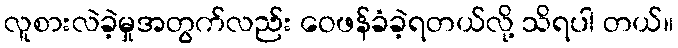
လူစားလဲခဲ့မှုအတွက်လည်း ဝေဖန်ခံခဲ့ရတယ်လို့ သိရပါ တယ်။